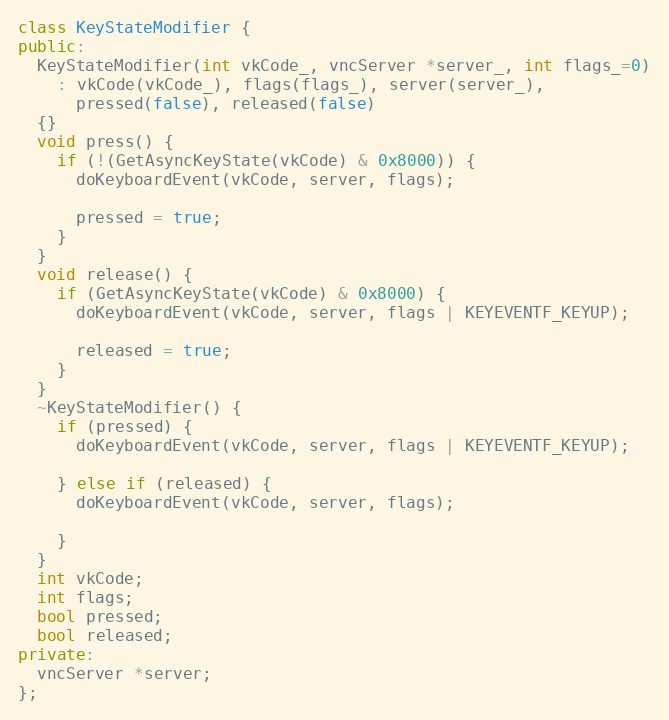
Language: C++
class KeyStateModifier {
public:
  KeyStateModifier(int vkCode_, vncServer *server_, int flags_=0)
    : vkCode(vkCode_), flags(flags_), server(server_),
      pressed(false), released(false)
  {}
  void press() {
    if (!(GetAsyncKeyState(vkCode) & 0x8000)) {
      doKeyboardEvent(vkCode, server, flags);

      pressed = true;
    }
  }
  void release() {
    if (GetAsyncKeyState(vkCode) & 0x8000) {
      doKeyboardEvent(vkCode, server, flags | KEYEVENTF_KEYUP);

      released = true;
    }
  }
  ~KeyStateModifier() {
    if (pressed) {
      doKeyboardEvent(vkCode, server, flags | KEYEVENTF_KEYUP);

    } else if (released) {
      doKeyboardEvent(vkCode, server, flags);

    }
  }
  int vkCode;
  int flags;
  bool pressed;
  bool released;
private:
  vncServer *server;
};